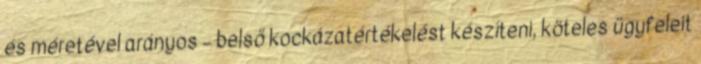
és méretével arányos – belső kockázatértékelést készíteni, köteles ügyfeleit